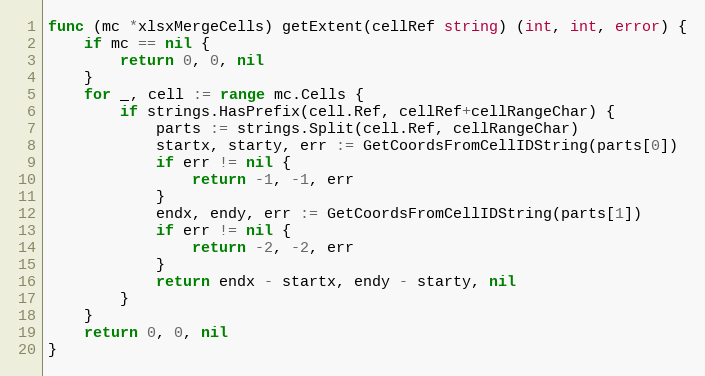
Language: Go
func (mc *xlsxMergeCells) getExtent(cellRef string) (int, int, error) {
	if mc == nil {
		return 0, 0, nil
	}
	for _, cell := range mc.Cells {
		if strings.HasPrefix(cell.Ref, cellRef+cellRangeChar) {
			parts := strings.Split(cell.Ref, cellRangeChar)
			startx, starty, err := GetCoordsFromCellIDString(parts[0])
			if err != nil {
				return -1, -1, err
			}
			endx, endy, err := GetCoordsFromCellIDString(parts[1])
			if err != nil {
				return -2, -2, err
			}
			return endx - startx, endy - starty, nil
		}
	}
	return 0, 0, nil
}